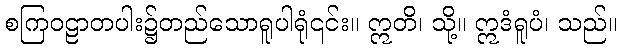
စကြဝဠာတပါး၌တည်သောရူပါရုံ၎င်း။ ဣတိ၊ သို့။ ဣဒံရူပံ၊ သည်။